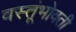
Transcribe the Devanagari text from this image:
वस्तूंभोवती